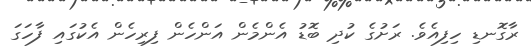
ރާގޮނޑި ހިފިއެވެ. ރަށުގެ ކުދި ބޮޑު އެންމެން އަންހެން ފިރިހެން އެކުގައި ފާހަގަ